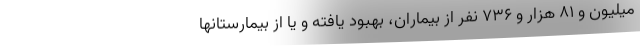
میلیون و ۸۱ هزار و ۷۳۶ نفر از بیماران، بهبود یافته و یا از بیمارستانها